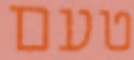
טעם